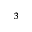
^ 3